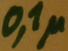
Text: 0,1µ